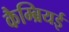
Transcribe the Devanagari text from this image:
कैम्ब्रियई